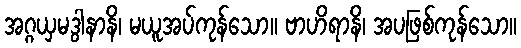
အဂ္ဂယှမဒွါနာနိ၊ မယူအပ်ကုန်သော။ ဗာဟိရာနိ၊ အပဖြစ်ကုန်သော။